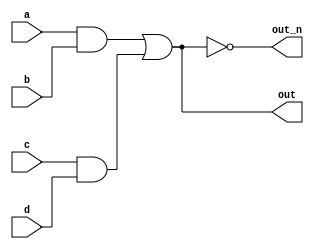
`default_nettype none
module top_module(
    input a,
    input b,
    input c,
    input d,
    output out,
    output out_n   ); 
    
    wire e, f, g;
    assign e = a&b;
    assign f = c&d;
    assign out = e|f;
    assign out_n = ~(e|f);

endmodule